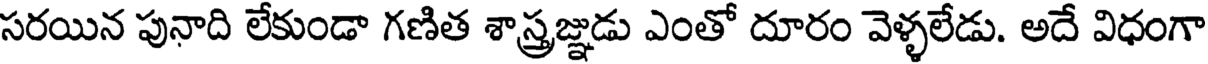
సరయిన పునాది లేకుండా గణిత శాస్త్రజ్ఞుడు ఎంతో దూరం వెళ్ళలేడు. అదే విధంగా